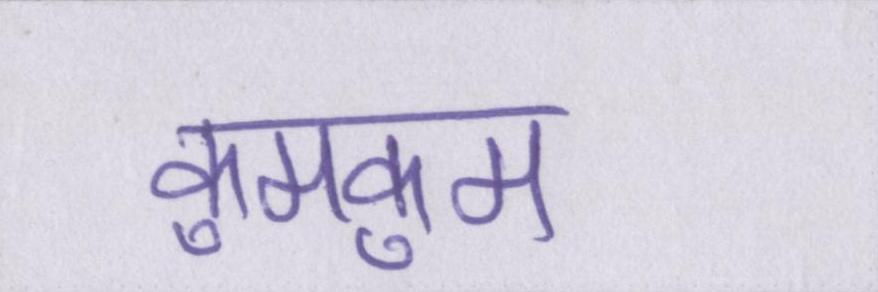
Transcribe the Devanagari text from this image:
कुमकुम